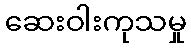
ဆေးဝါးကုသမှု